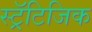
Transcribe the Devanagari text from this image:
स्ट्रॅटिजिक